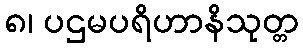
၈၊ ပဌမပရိဟာနိသုတ္တ